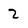
Character: 2